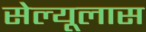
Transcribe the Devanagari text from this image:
सेल्यूलास